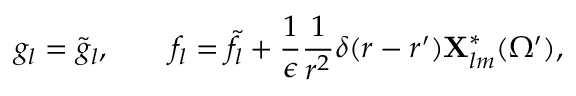
g _ { l } = \tilde { g } _ { l } , \qquad f _ { l } = \tilde { f } _ { l } + { \frac { 1 } { \epsilon } } { \frac { 1 } { r ^ { 2 } } } \delta ( r - r ^ { \prime } ) { \bf X } _ { l m } ^ { * } ( \Omega ^ { \prime } ) ,